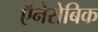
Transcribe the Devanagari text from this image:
ऍनेरोबिक